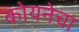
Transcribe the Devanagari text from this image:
कोयनेचा